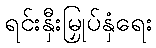
ရင်းနှီးမြှုပ်နှံရေး